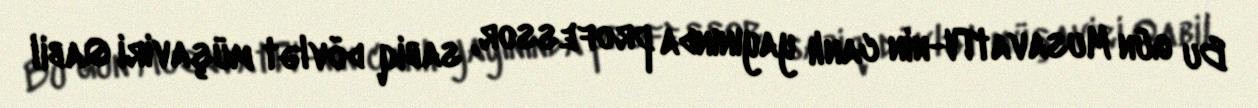
Bu gün MusavatTV-nin canlı yayınında professor, sabiq dövlət müşaviri Qabil